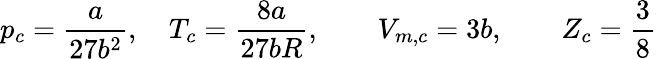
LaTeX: p_{c}={\frac{a}{27b^{2}}},\quad T_{c}={\frac{8a}{27bR}},\qquad V_{m,c}=3b,\qquad Z_{c}={\frac{3}{8}}